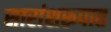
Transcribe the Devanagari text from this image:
सारांशरूपात